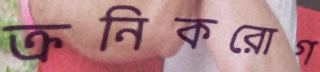
ক্রনিকরোগ